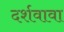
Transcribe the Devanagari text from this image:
दर्शवावा